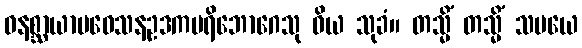
ဝနစ္ဆာယာပဝေသနဥဒကပရိဘောဂေသု ဝိယ သုခံ။ တသ္မိံ တသ္မိံ သမယေ